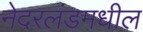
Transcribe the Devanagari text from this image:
नेदरलंडमधील